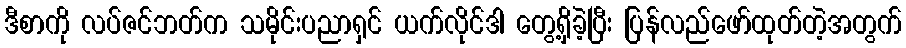
ဒီစာကို လပ်ဇင်ဘတ်က သမိုင်းပညာရှင် ယက်လိုင်ဒါ တွေ့ရှိခဲ့ပြီး ပြန်လည်ဖော်ထုတ်တဲ့အတွက်